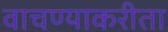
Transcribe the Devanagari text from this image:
वाचण्याकरीता